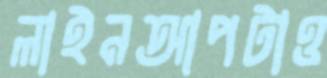
লাইনআপটাও